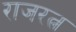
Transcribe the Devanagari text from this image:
राजरत्न